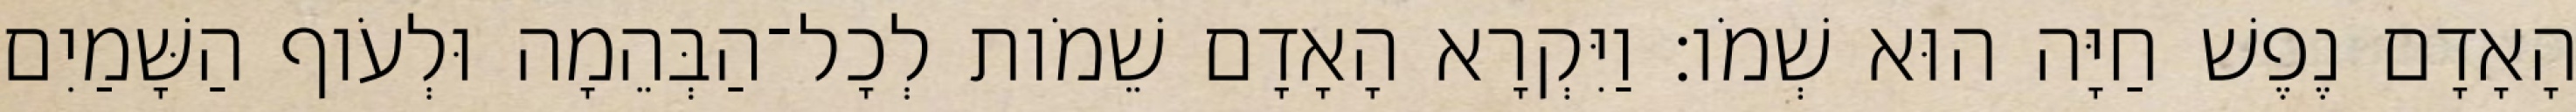
הָאָדָם נֶפֶשׁ חַיָּה הוּא שְׁמֹו׃ וַיִּקְרָא הָאָדָם שֵׁמֹות לְכָל־הַבְּהֵמָה וּלְעֹוף הַשָּׁמַיִם